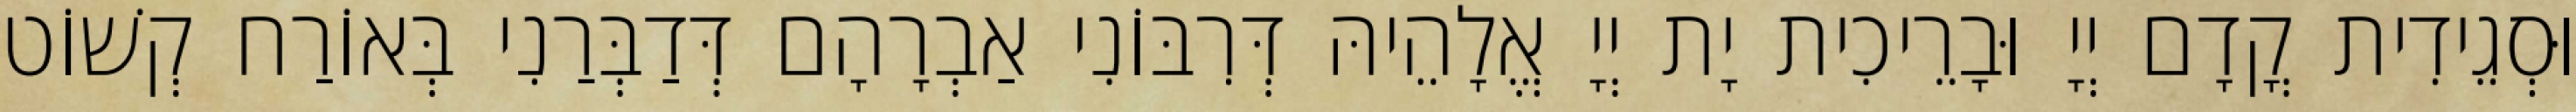
וּסְגֵידִית קֳדָם יְיָ וּבָרֵיכִית יָת יְיָ אֱלָהֵיהּ דְּרִבּוֹנִי אַבְרָהָם דְּדַבְּרַנִי בְּאוֹרַח קְשׁוֹט